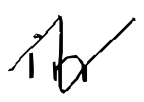
Text: in
Cross-out: zig-zag
Writing tool: digital_black